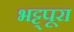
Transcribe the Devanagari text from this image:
भट्ट्पूरा